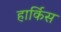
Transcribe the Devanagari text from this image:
हार्किस